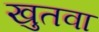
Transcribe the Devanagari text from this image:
खुतवा